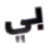
بي